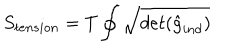
S _ { t e n s i o n } = T \oint \sqrt { d e t ( { \hat { g } _ { i n d } } ) }